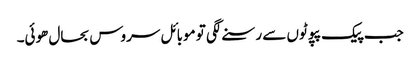
جب پیک پپوٹوں سے رسنے لگی تو موبائل سروس بحال ھوئی۔